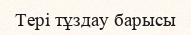
Тері тұздау барысы